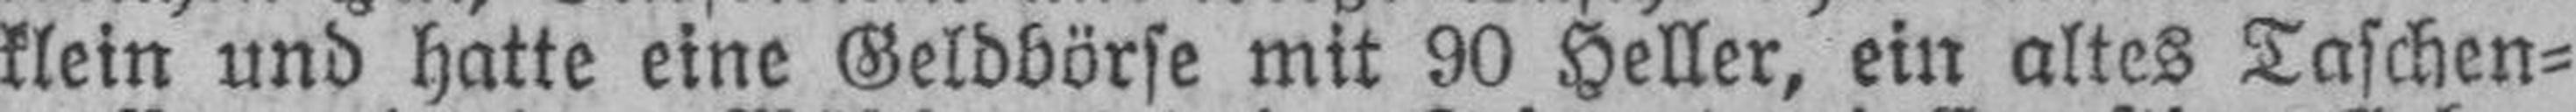
klein und hatte eine Geldbörse mit 90 Heller, ein altes Taschen¬